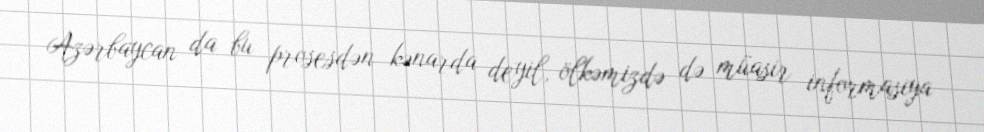
Azərbaycan da bu prosesdən kənarda deyil, ölkəmizdə də müasir informasiya